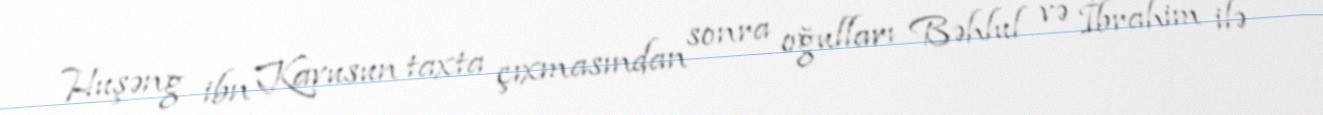
Huşəng ibn Kavusun taxta çıxmasından sonra oğulları Bəhlul və İbrahim ilə